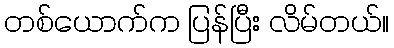
တစ်ယောက်က ပြန်ပြီး လိမ်တယ်။